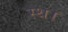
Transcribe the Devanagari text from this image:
स्थ।